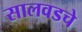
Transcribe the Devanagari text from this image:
सालवडचे